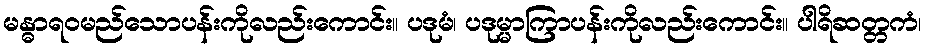
မန္ဓာရဝမည်သောပန်းကိုလည်းကောင်း။ ပဒုမံ၊ ပဒုမ္မာကြာပန်းကိုလည်းကောင်း။ ပါရိဆတ္တကံ၊